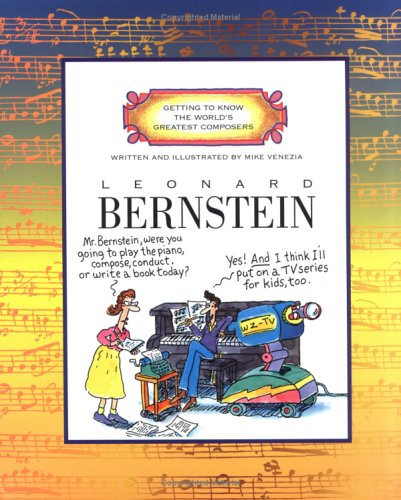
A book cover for Leonard Bernstein (Getting to Know the World's Greatest Composers); Mike Venezia; Children's Books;